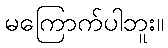
မကြောက်ပါဘူး။